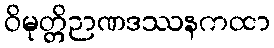
ဝိမုတ္တိဉာဏဒဿနကထာ